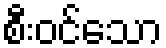
စီးဝင်သော